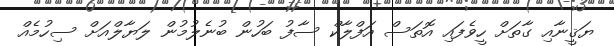
ޔަޤީނާއި ގާތަށް ހީވެފައި އޮތަސް އަފްލާކް ސާފު ބަހުން ބުނެލުމުން ލަޔާލްއަށް ސިހުމެއް